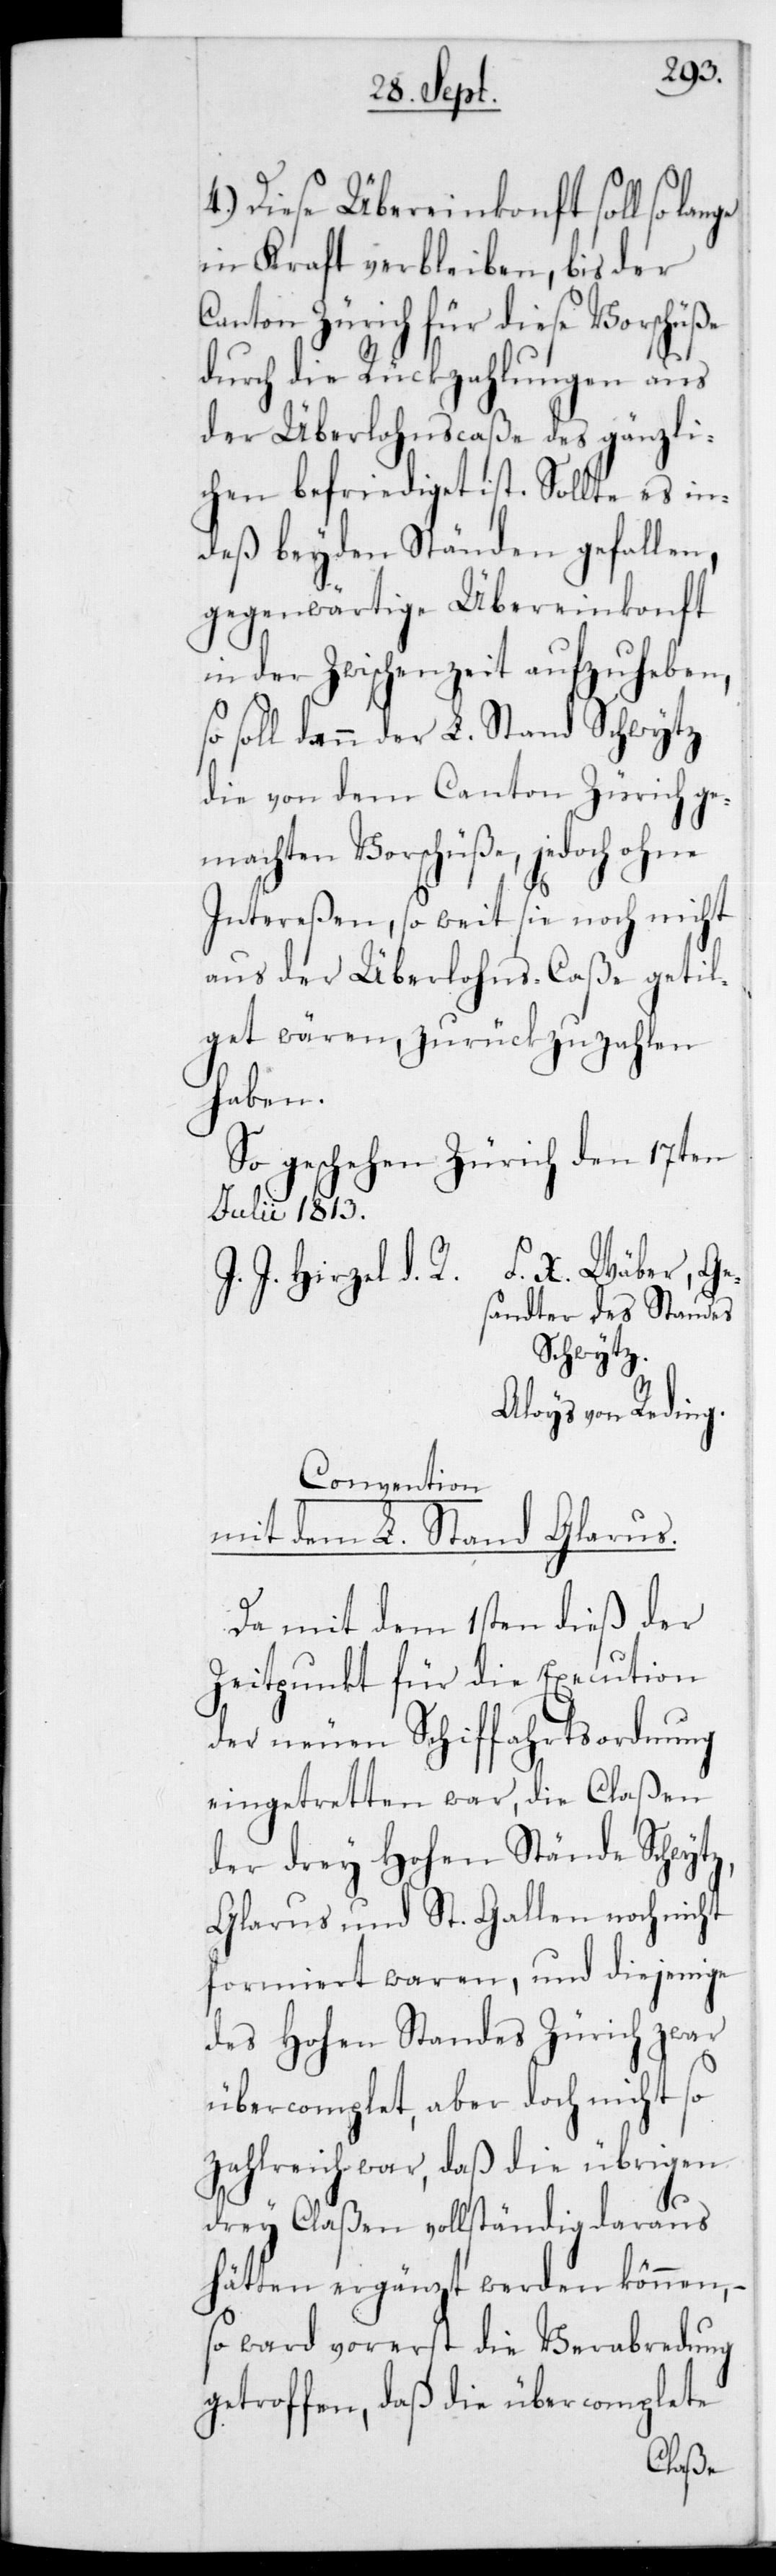
g.
4.) Diese Übereinkonft soll so
in Kraft verbleiben, bis der
Canton Zürich für diese Vorschüße
durch die Rückzahlungen aus
der Überlohnscaße des gänzli¬
chen befriediget ist. Sollte es in¬
deß beyden Ständen gefallen,
gegenwärtige Übereinkonft
in der Zwischenzeit aufzuheben,
soll dann der L. Stand Schwytz
die von dem Canton Zürich ge¬
machten Vorschüße, jedoch ohne
Intereßen, so weit sie noch nicht
aus der Überlohns-Caße getil¬
get wären, zurückzuzahlen
haben.
So geschehen Zürich den 17ten
Julii 1813.
J. J. Hirzel d. R. F. X. Wäber, Ge¬
sandter desStandes
Schwytz.
Aloys von Redin¬
Convention
mit dem L. Stand Glarus.
Da mit dem 1sten dieß der
Zeitpunkt für die Execution
der neuen Schiffahrtsordnung
eingetretten war, die Claßen
der drey Hohen Stände Schwytz,
Glarus und St. Gallen noch nicht
formiert waren, und diejenige
des Hohen Standes Zürich zwar
übercomplett, aber doch nicht so
zahlreich war, daß die übrigen
drey Claßen vollständig daraus
hätten ergänzt werden können, –
so ward vorerst die Verabredung
getroffen, daß die übercomplette